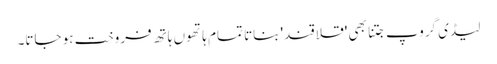
لیڈی گروپ جتنا بھی 'قلاقند' بناتا تمام ہاتھوں ہاتھ فروخت ہو جاتا۔